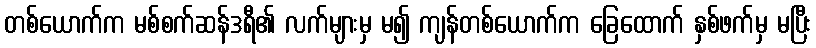
တစ်ယောက်က မစ်စက်ဆန်ဒရီ၏ လက်များမှ မ၍ ကျန်တစ်ယောက်က ခြေထောက် နှစ်ဖက်မှ မပြီး